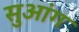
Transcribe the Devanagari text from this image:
सुआंग